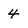
Character: 4